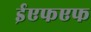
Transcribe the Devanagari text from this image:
ईएफएफ